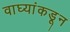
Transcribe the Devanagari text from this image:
वाघ्यांकडून